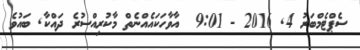
ސެޕްޓެމްބަރު 4